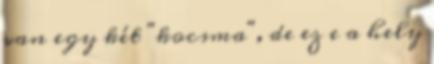
van egy két "kocsma", de ez e a hely